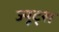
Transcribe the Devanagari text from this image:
ज्यूट्स